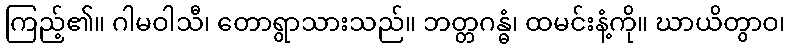
ကြည့်၏။ ဂါမဝါသီ၊ တောရွာသားသည်။ ဘတ္တဂန္ဓံ၊ ထမင်းနံ့ကို။ ဃာယိတွာဝ၊